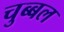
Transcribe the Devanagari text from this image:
चुब्बल